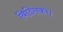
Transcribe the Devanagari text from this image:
बिडिलकर।